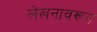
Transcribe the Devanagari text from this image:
लेखनावरून